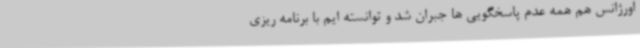
اورژانس هم همه عدم پاسخگویی ها جبران شد و توانسته ایم با برنامه ریزی